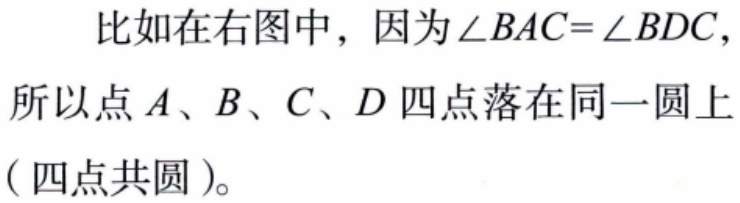
比如在右图中，因为\(\angle BAC = \angle BDC\)，所以点\(A\)、\(B\)、\(C\)、\(D\) 四点落在同一圆上（四点共圆）。